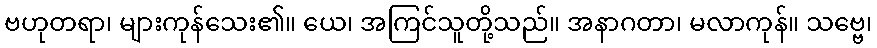
ဗဟုတရာ၊ များကုန်သေး၏။ ယေ၊ အကြင်သူတို့သည်။ အနာဂတာ၊ မလာကုန်။ သဗ္ဗေ၊